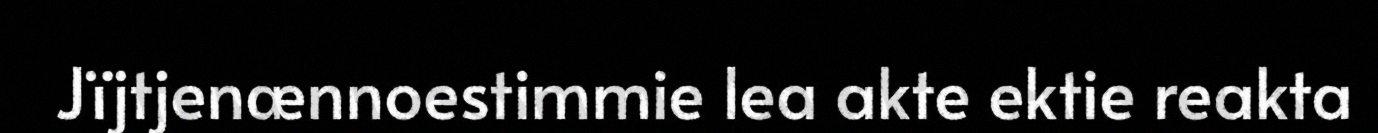
Jïjtjenænnoestimmie lea akte ektie reakta